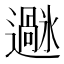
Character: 𫑌